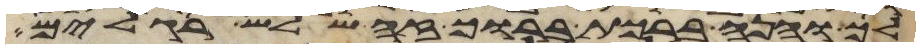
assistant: לך והנה ברכת ברוך זה שלש רגלים